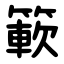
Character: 簐